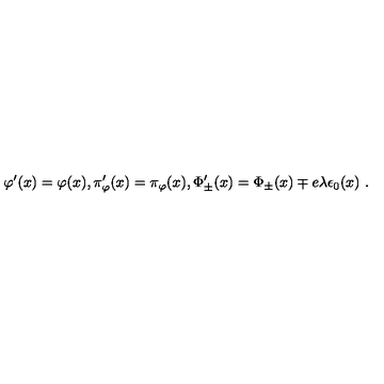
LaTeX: \varphi ^ { \prime } ( x ) = \varphi ( x ) , \pi _ { \varphi } ^ { \prime } ( x ) = \pi _ { \varphi } ( x ) , \Phi _ { \pm } ^ { \prime } ( x ) = \Phi _ { \pm } ( x ) \mp e \lambda \epsilon _ { 0 } ( x ) \ .